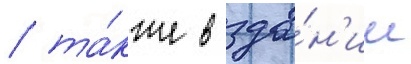
/ та́кже в зда́н'ии